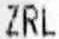
ZRL